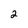
Character: 2